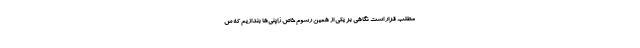
مطلب قرار است نگاهی بر یکی از همین رسوم خاص ژاپنی‌ها بندازیم که س